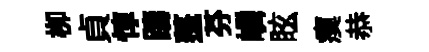
栁貞惇躊蓬芬嶙眩瘼恭